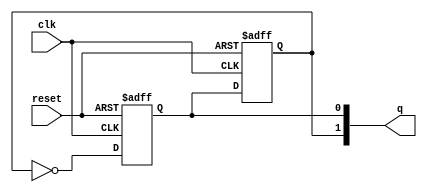
module dual_stage_johnson_counter (
    input wire clk,        // Clock input
    input wire reset,      // Asynchronous reset
    output reg [1:0] q     // 2-bit output representing the counter state
);

// Internal signals for flip-flops
reg q0;  // Output of the first flip-flop
reg q1;  // Output of the second flip-flop

// Asynchronous reset and state transition logic
always @(posedge clk or posedge reset) begin
    if (reset) begin
        // Initialize both flip-flops to 0 on reset
        q0 <= 1'b0;
        q1 <= 1'b0;
    end else begin
        // Johnson counter state transition
        q0 <= ~q1;  // Invert the output of the second flip-flop and assign to the first
        q1 <= q0;   // Assign the current state of the first flip-flop to the second
    end
end

// Assign the outputs
always @(*) begin
    q = {q1, q0}; // Combine the outputs of the flip-flops into a 2-bit output
end

endmodule